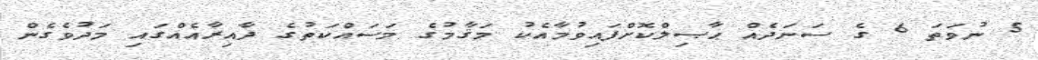
5 ނުވަތަ 6 ގެ ސަނަދެއް ޙާޞިލްކޮށްފައިވުމާއެކު މަޤާމުގެ މަސައްކަތުގެ ދާއިރާއެއްގައި މަދުވެގެން